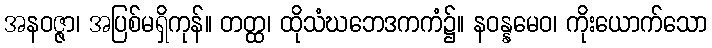
အနဝဇ္ဇာ၊ အပြစ်မရှိကုန်။ တတ္ထ၊ ထိုသံဃဘေဒကကံ၌။ နဝန္နမေဝ၊ ကိုးယောက်သော